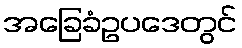
အခြေခံဥပဒေတွင်